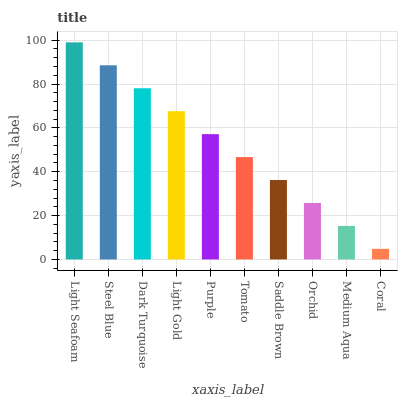
| xaxis_label | bars |
 | --- | --- |
 | Light Seafoam | 99 |
 | Steel Blue | 88.5 |
 | Dark Turquoise | 78.1 |
 | Light Gold | 67.6 |
 | Purple | 57.1 |
 | Tomato | 46.7 |
 | Saddle Brown | 36.2 |
 | Orchid | 25.8 |
 | Medium Aqua | 15.3 |
 | Coral | 4.83 |